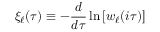
\xi _ { \ell } ( \tau ) \equiv - \frac { d } { d \tau } \ln \left[ w _ { \ell } ( i \tau ) \right]